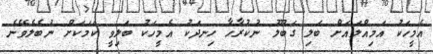
އެމީހަކު އަމިއްލައަށް ބަލި ގަބޫލު ނުކުރާހާ ހިނދަކު އެމީހަކު ބަލިވީ ކަމަކަށް ނުބެލެވޭނެ